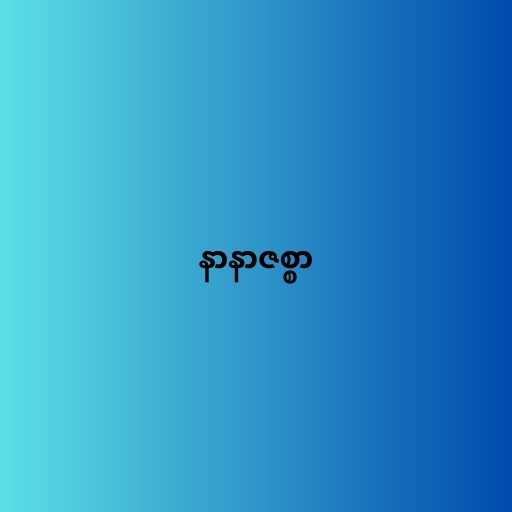
နာနာဇစ္စာ